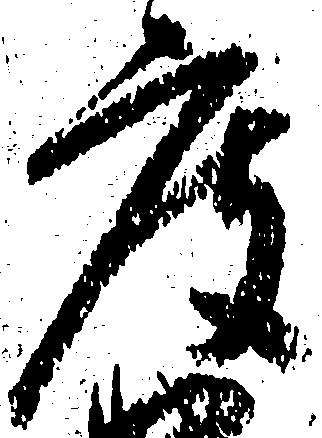
度